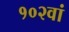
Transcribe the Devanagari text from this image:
१०२वां